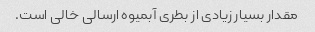
مقدار بسیار زیادی از بطری آبمیوه ارسالی خالی است.